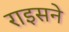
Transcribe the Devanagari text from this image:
राइसने